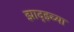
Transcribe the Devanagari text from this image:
झाद्झ्च्या